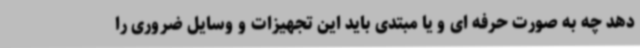
دهد چه به صورت حرفه ای و یا مبتدی باید این تجهیزات و وسایل ضروری را